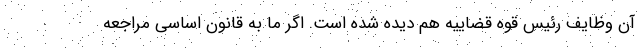
آن وظایف رئیس قوه قضاییه هم دیده شده است. اگر ما به قانون اساسی مراجعه